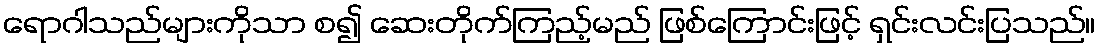
ရောဂါသည်များကိုသာ စ၍ ဆေးတိုက်ကြည့်မည် ဖြစ်ကြောင်းဖြင့် ရှင်းလင်းပြသည်။